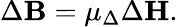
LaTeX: \Delta\mathbf{B}=\mu_{\Delta}\Delta\mathbf{H}.